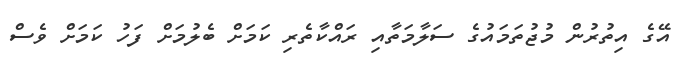
އޭގެ އިތުރުން މުޖުތަމައުގެ ސަލާމަތާއި ރައްކާތެރި ކަމަށް ބެލުމަށް ފަހު ކަމަށް ވެސް